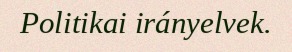
Politikai irányelvek.